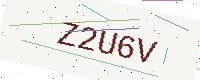
Text: Z2U6V